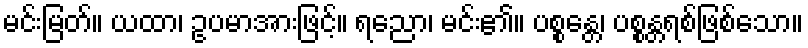
မင်းမြတ်။ ယထာ၊ ဥပမာအားဖြင့်။ ရညော၊ မင်း၏။ ပစ္စန္တေ၊ ပစ္စန္တရစ်ဖြစ်သော။